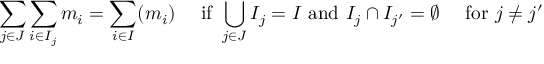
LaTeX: \sum _ { j \in J } { \sum _ { i \in I _ { j } } { m _ { i } } } = \sum _ { i \in I } ( m _ { i } ) \quad { \mathrm { ~ i f ~ } } \bigcup _ { j \in J } I _ { j } = I { \mathrm { ~ a n d ~ } } I _ { j } \cap I _ { j ^ { \prime } } = \emptyset \quad { \mathrm { ~ f o r ~ } } j \neq j ^ { \prime }